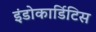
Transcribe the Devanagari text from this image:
इंडोकार्डिटिस